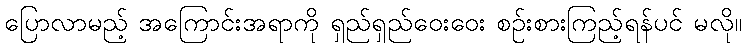
ပြောလာမည့် အကြောင်းအရာကို ရှည်ရှည်ဝေးဝေး စဉ်းစားကြည့်ရန်ပင် မလို။